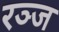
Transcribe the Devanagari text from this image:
रञ्ज